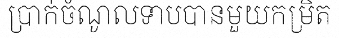
ប្រាក់ចំណូលទាបបានមួយកម្រិត